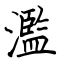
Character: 濫